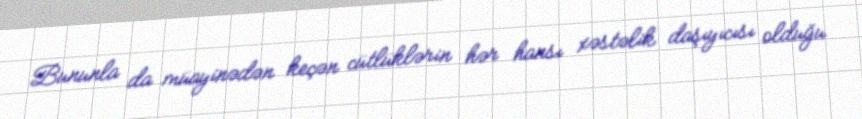
Bununla da müayinədən keçən cütlüklərin hər hansı xəstəlik daşıyıcısı olduğu